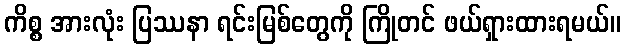
ကိစ္စ အားလုံး ပြဿနာ ရင်းမြစ်တွေကို ကြိုတင် ဖယ်ရှားထားရမယ်။